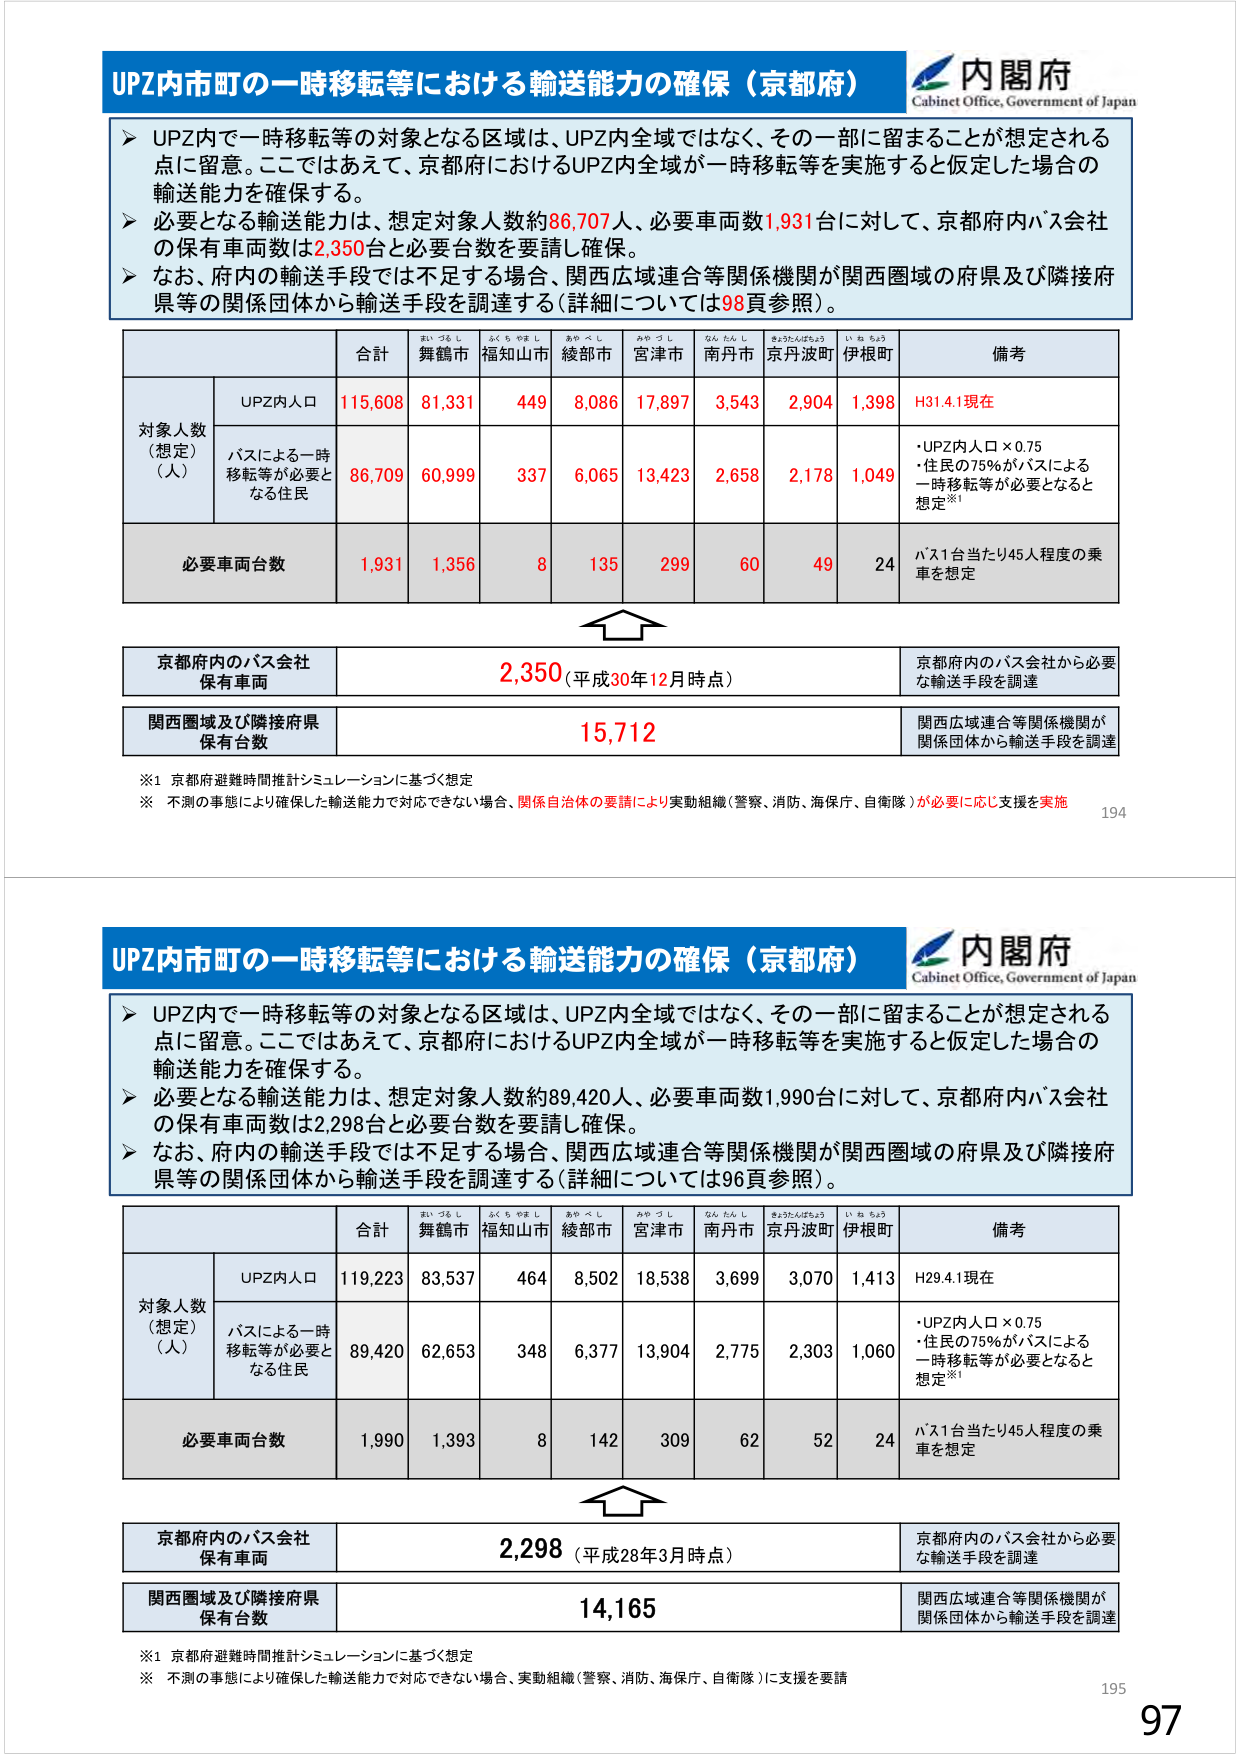
UPZ内市町の一時移転等における輸送能力の確保（京都府）
内閣府
Cabinet Office, Government of Japan

➤ UPZ内で一時移転等の対象となる区域は、UPZ内全域ではなく、その一部に留まることが想定される点に留意。ここではあえて、京都府におけるUPZ内全域が一時移転等を実施すると仮定した場合の輸送能力を確保する。
➤ 必要となる輸送能力は、想定対象人数約86,707人、必要車両数1,931台に対して、京都府内バス会社の保有車両数は2,350台と必要台数を要請し確保。
➤ なお、府内の輸送手段では不足する場合、関西広域連合等関係機関が関西圏域の府県及び隣接府県等の関係団体から輸送手段を調達する（詳細については98頁参照）。

| | 合計 | 舞鶴市 | 福知山市 | 綾部市 | 宮津市 | 南丹市 | 京丹波町 | 伊根町 | 備考 |
|---|---|---|---|---|---|---|---|---|---|
| | | まいづるし | ふくちやまし | あやべし | みやづし | なんたんし | きょうたんばちょう | いねちょう | |
| 対象人数（想定）（人） | UPZ内人口 | 115,608 | 81,331 | 449 | 8,086 | 17,897 | 3,543 | 2,904 | 1,398 | H31.4.1現在 |
| | バスによる一時移転等が必要となる住民 | 86,709 | 60,999 | 337 | 6,065 | 13,423 | 2,658 | 2,178 | 1,049 | ・UPZ内人口×0.75<br>・住民の75％がバスによる一時移転等が必要となると想定※1 |
| 必要車両台数 | | 1,931 | 1,356 | 8 | 135 | 299 | 60 | 49 | 24 | バス1台当たり45人程度の乗車を想定 |

京都府内のバス会社保有車両　2,350（平成30年12月時点）　京都府内のバス会社から必要な輸送手段を調達
関西圏域及び隣接府県保有台数　15,712　関西広域連合等関係機関が関係団体から輸送手段を調達

※1 京都府避難時間推計シミュレーションに基づく想定
※ 不測の事態により確保した輸送能力で対応できない場合、関係自治体の要請により実動組織（警察、消防、海保庁、自衛隊）が必要に応じ支援を実施

194

UPZ内市町の一時移転等における輸送能力の確保（京都府）
内閣府
Cabinet Office, Government of Japan

➤ UPZ内で一時移転等の対象となる区域は、UPZ内全域ではなく、その一部に留まることが想定される点に留意。ここではあえて、京都府におけるUPZ内全域が一時移転等を実施すると仮定した場合の輸送能力を確保する。
➤ 必要となる輸送能力は、想定対象人数約89,420人、必要車両数1,990台に対して、京都府内バス会社の保有車両数は2,298台と必要台数を要請し確保。
➤ なお、府内の輸送手段では不足する場合、関西広域連合等関係機関が関西圏域の府県及び隣接府県等の関係団体から輸送手段を調達する（詳細については96頁参照）。

| | 合計 | 舞鶴市 | 福知山市 | 綾部市 | 宮津市 | 南丹市 | 京丹波町 | 伊根町 | 備考 |
|---|---|---|---|---|---|---|---|---|---|
| | | まいづるし | ふくちやまし | あやべし | みやづし | なんたんし | きょうたんばちょう | いねちょう | |
| 対象人数（想定）（人） | UPZ内人口 | 119,223 | 83,537 | 464 | 8,502 | 18,538 | 3,699 | 3,070 | 1,413 | H29.4.1現在 |
| | バスによる一時移転等が必要となる住民 | 89,420 | 62,653 | 348 | 6,377 | 13,904 | 2,775 | 2,303 | 1,060 | ・UPZ内人口×0.75<br>・住民の75％がバスによる一時移転等が必要となると想定※1 |
| 必要車両台数 | | 1,990 | 1,393 | 8 | 142 | 309 | 62 | 52 | 24 | バス1台当たり45人程度の乗車を想定 |

京都府内のバス会社保有車両　2,298（平成28年3月時点）　京都府内のバス会社から必要な輸送手段を調達
関西圏域及び隣接府県保有台数　14,165　関西広域連合等関係機関が関係団体から輸送手段を調達

※1 京都府避難時間推計シミュレーションに基づく想定
※ 不測の事態により確保した輸送能力で対応できない場合、実動組織（警察、消防、海保庁、自衛隊）に支援を要請

195
97